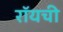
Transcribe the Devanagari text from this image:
रॉयची